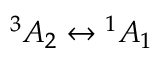
{ } ^ { 3 } A _ { 2 } \leftrightarrow { } ^ { 1 } A _ { 1 }